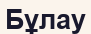
Бұлау